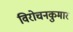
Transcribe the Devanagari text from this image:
विरोचनकुमार